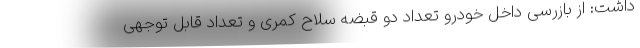
داشت: از بازرسی داخل خودرو تعداد دو قبضه سلاح کمری و تعداد قابل توجهی